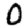
Digit: 0